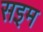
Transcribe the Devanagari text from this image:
सइम